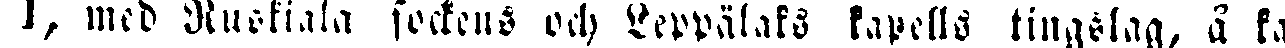
I, med Ruskiala sockens och Leppälaks kapells tingslag, å ka-